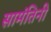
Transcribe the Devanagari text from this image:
सामंतिनी